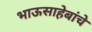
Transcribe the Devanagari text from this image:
भाऊसाहेबांचे